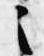
之